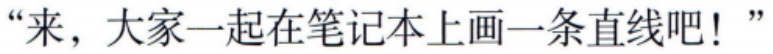
“来，大家一起在笔记本上画一条直线吧！”